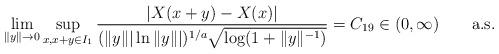
LaTeX: \begin{align*} \lim_{\|y\|\to0} \sup_{x,x+y\in I_1}\frac{|X(x+y)-X(x)|} {(\|y\||\ln\|y\| |)^{1/a}\sqrt{\log(1+\|y\|^{-1})}}=C_{19}\in(0, \infty)\qquad\mbox{a.s.}\end{align*}